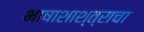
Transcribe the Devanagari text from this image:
भाषाशाश्त्राचा